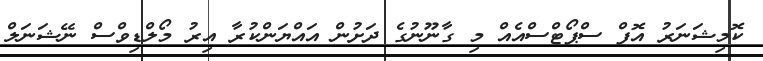
ކޮމިޝަނަރު އޮފް ސްޕޯޓްސްއެއް މި ގާނޫނުގެ ދަށުން އައްޔަންކުރާ އިރު މޯލްޑިވްސް ނޭޝަނަލް